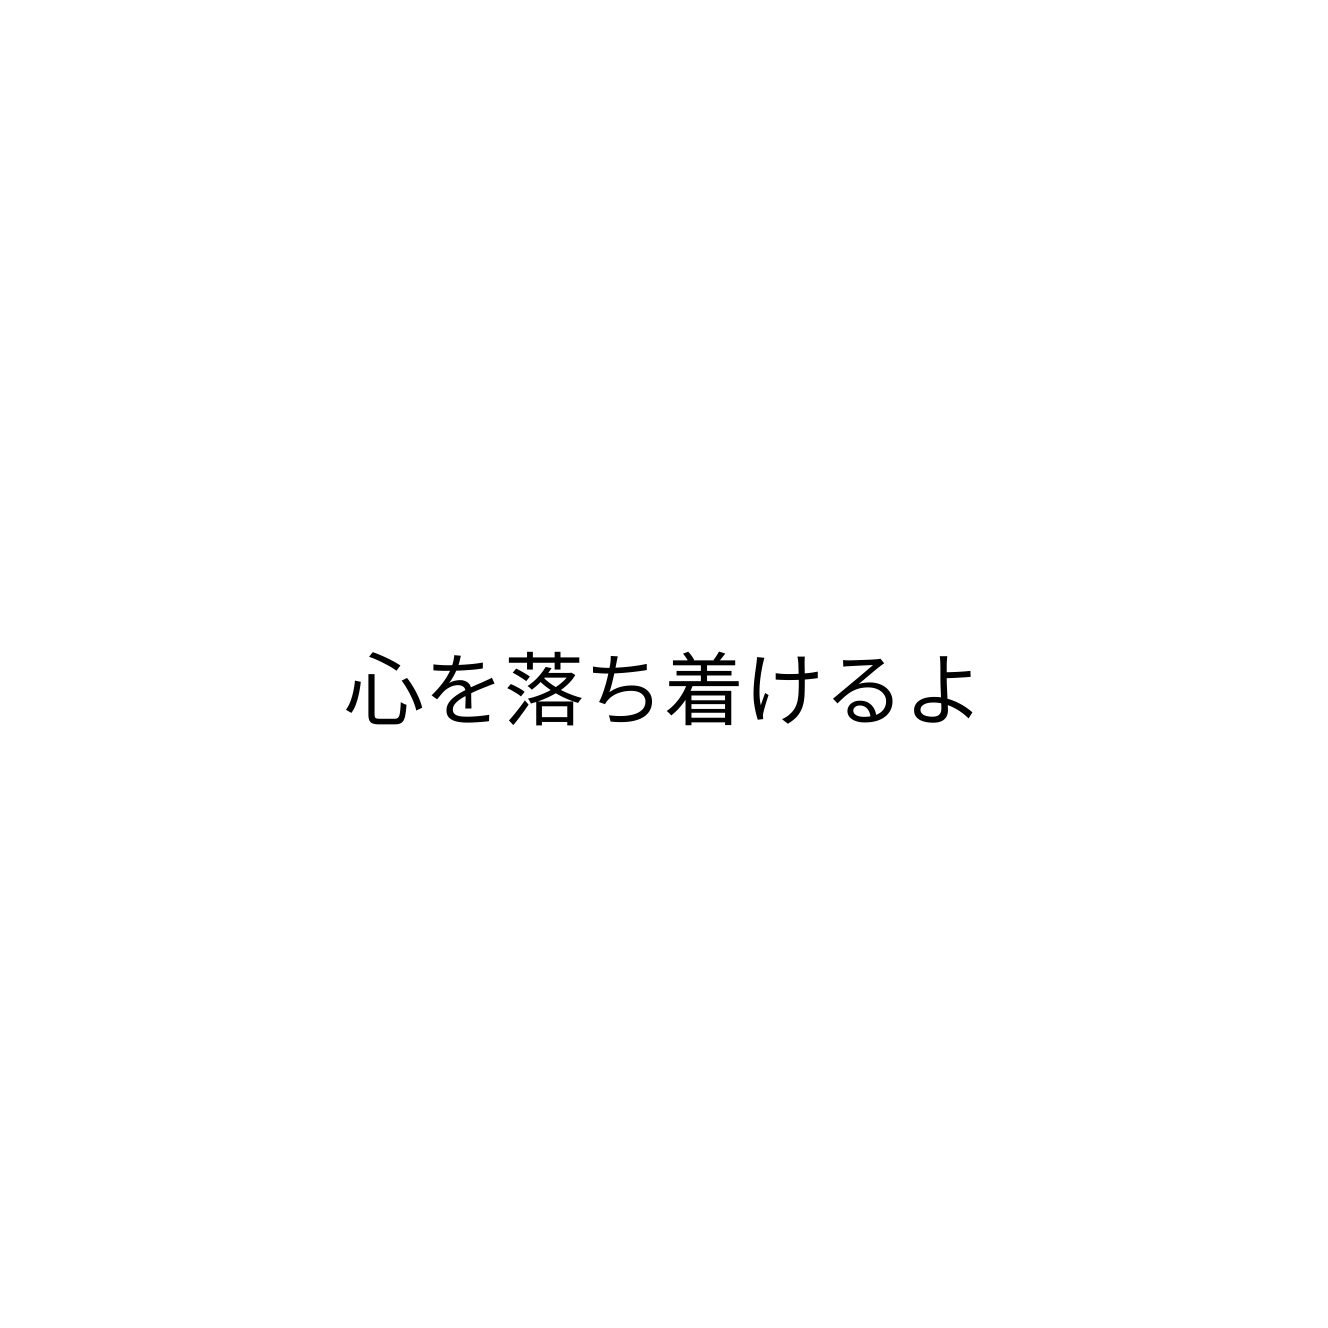
心を落ち着けるよ